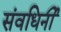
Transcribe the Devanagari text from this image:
संवधिर्नी